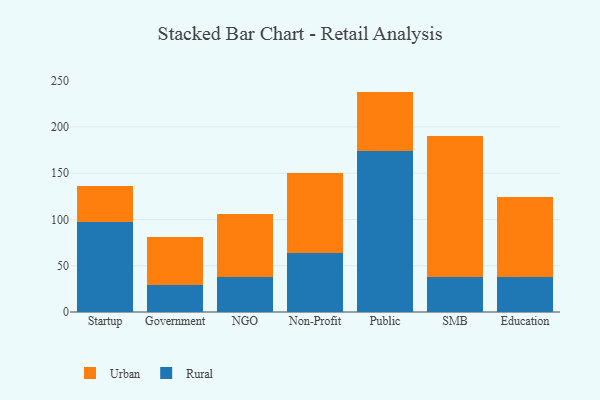
{"axis": {"x": "Segment", "y": "Conversion Rate (%)"}, "legend": ["Rural", "Urban"], "data": [{"x": "Startup", "y": 97.8, "type": "Rural"}, {"x": "Startup", "y": 38.5, "type": "Urban"}, {"x": "Government", "y": 29.3, "type": "Rural"}, {"x": "Government", "y": 52.1, "type": "Urban"}, {"x": "NGO", "y": 37.9, "type": "Rural"}, {"x": "NGO", "y": 68.2, "type": "Urban"}, {"x": "Non-Profit", "y": 63.9, "type": "Rural"}, {"x": "Non-Profit", "y": 86.7, "type": "Urban"}, {"x": "Public", "y": 174.3, "type": "Rural"}, {"x": "Public", "y": 63.9, "type": "Urban"}, {"x": "SMB", "y": 37.7, "type": "Rural"}, {"x": "SMB", "y": 152.2, "type": "Urban"}, {"x": "Education", "y": 37.7, "type": "Rural"}, {"x": "Education", "y": 86.2, "type": "Urban"}]}